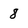
Character: 8